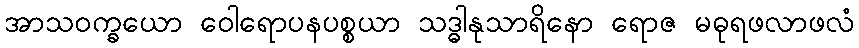
အာသဝက္ခယော ဝေါရောပနပစ္စယာ သဒ္ဓါနုသာရိနော ရောဇ မဓုရဖလာဖလံ